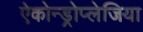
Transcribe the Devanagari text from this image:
ऐकोन्ड्रोप्लेजिया